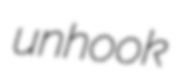
unhook